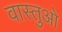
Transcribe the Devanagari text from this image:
वास्तुओ